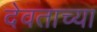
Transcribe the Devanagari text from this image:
देवताच्या